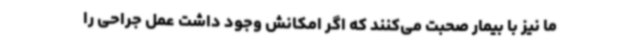
ما نیز با بیمار صحبت می‌کنند که اگر امکانش وجود داشت عمل جراحی را